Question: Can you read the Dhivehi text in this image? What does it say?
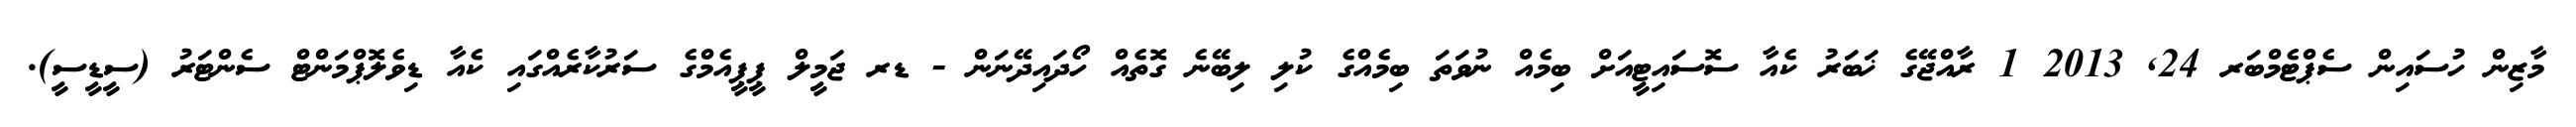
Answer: މާޒިން ހުސައިން ސެޕްޓެމްބަރ 24, 2013 1 ރާއްޖޭގެ ޚަބަރު ކެއާ ސޮސައިޓީއަށް ބިމެއް ނުވަތަ ބިމެއްގެ ކުލި ލިބޭނެ ގޮތެއް ހޯދައިދޭނަން - ޑރ ޖަމީލް ޕީޕީއެމްގެ ސަރުކާރެއްގައި ކެއާ ޑިވެލޮޕްމަންޓް ސެންޓަރު (ސީޑީސީ).